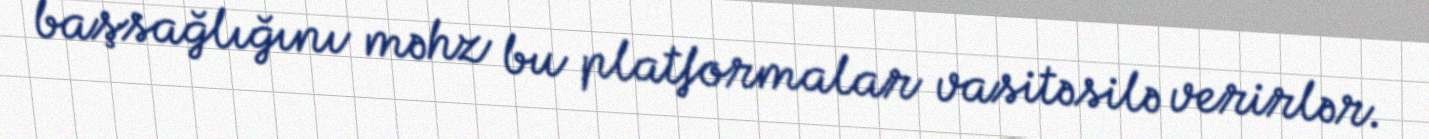
başsağlığını məhz bu platformalar vasitəsilə verirlər.